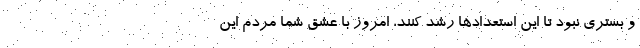
و بستری نبود تا این استعدادها رشد کنند، امروز با عشق شما مردم این